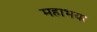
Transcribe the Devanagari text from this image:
महाभया